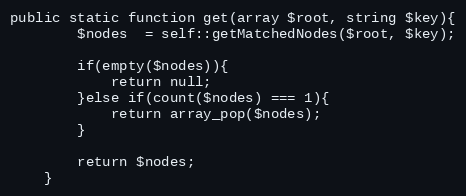
Language: PHP
public static function get(array $root, string $key){
        $nodes  = self::getMatchedNodes($root, $key);

        if(empty($nodes)){
            return null;
        }else if(count($nodes) === 1){
            return array_pop($nodes);
        }

        return $nodes;
    }